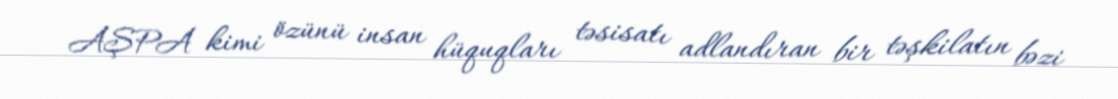
AŞPA kimi özünü insan hüquqları təsisatı adlandıran bir təşkilatın bəzi